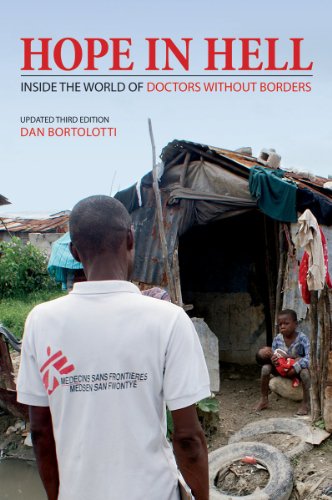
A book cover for Hope in Hell: Inside the World of Doctors Without Borders; Dan Bortolotti; Business & Money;